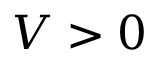
V > 0